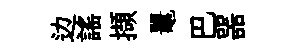
边謡擷鼉巴噐